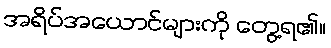
အရိပ်အယောင်များကို တွေ့ရ၏။